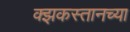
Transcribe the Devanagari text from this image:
क्झकस्तानच्या